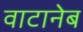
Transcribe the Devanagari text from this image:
वाटानेब